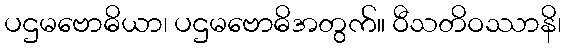
ပဌမဗောဓိယာ၊ ပဌမဗောဓိအတွက်။ ဝီသတိဝဿာနိ၊